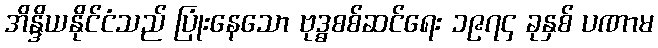
အိန္ဒိယနိုင်ငံသည် ပြုံးနေသော ဗုဒ္ဓစစ်ဆင်ရေး ၁၉၇၄ ခုနှစ် ပဏာမ